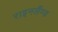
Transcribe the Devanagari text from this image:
राइनलैंण्ड